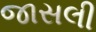
જાસલી